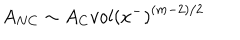
A _ { N C } \sim A _ { C } { v o l ( x ^ { - } ) } ^ { ( m - 2 ) / 2 }